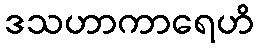
ဒသဟာကာရေဟိ